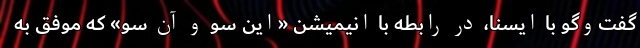
گفت‌وگو با ایسنا، در رابطه با انیمیشن «این سو و آن سو» که موفق به